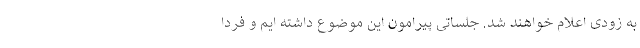
به زودی اعلام خواهند شد. جلساتی پیرامون این موضوع داشته ایم و فردا